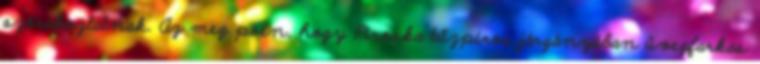
szórakoztatnak. Az meg poén, hogy Piroska tűzpiros járgányában üvegfarkas